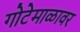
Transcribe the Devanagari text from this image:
गोटेमाळावर